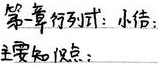
第一章行列式：小结
主要知识点：